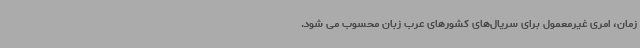
زمان، امری غیرمعمول برای سریال‌های کشورهای عرب زبان محسوب می شود.